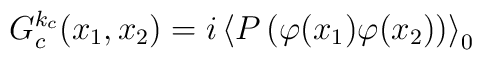
G_c^{k_c}(x_1,x_2) = i \left\langle P \left( \varphi(x_1)\varphi(x_2)\right)\right\rangle_0